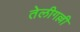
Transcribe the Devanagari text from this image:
तेलीगल्ली